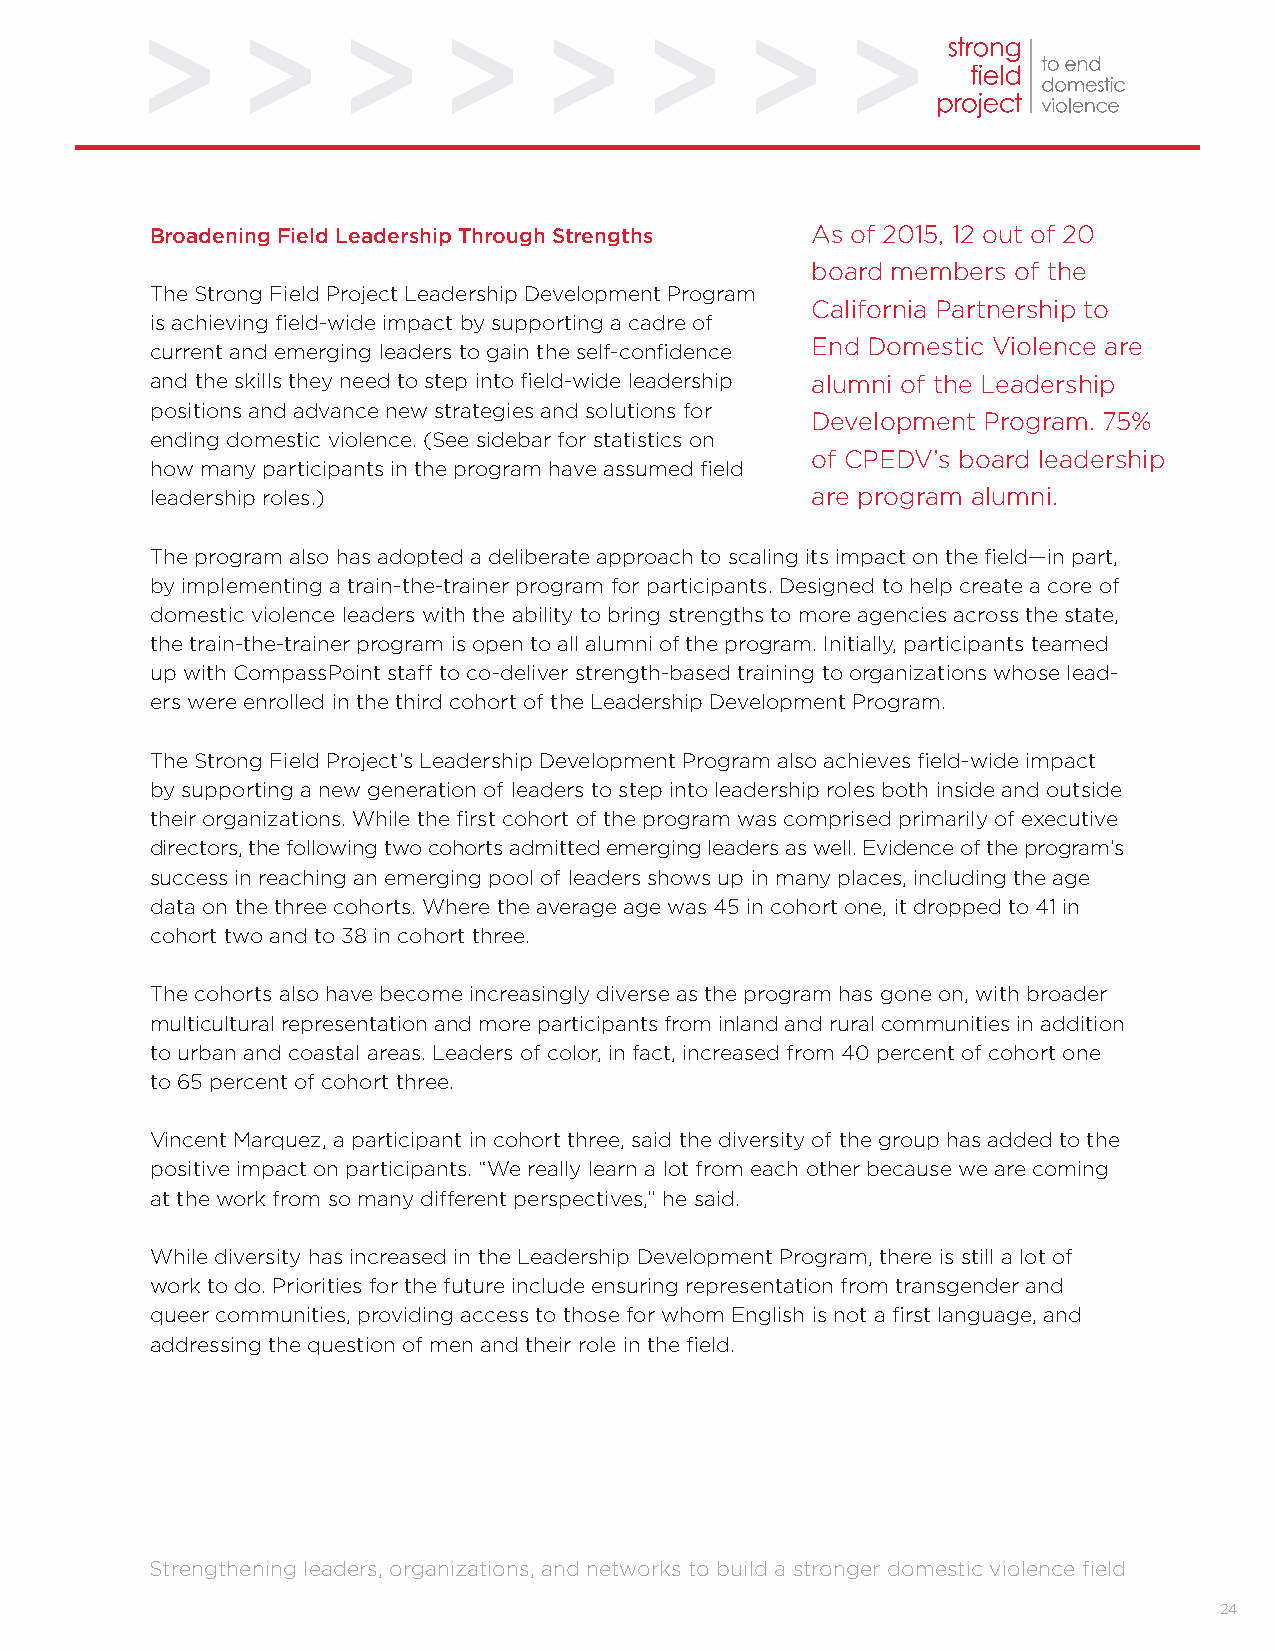
Broadening Field Leadership Through Strengths As of 2015, 12 out of 20
 board members of the
 The Strong Field Project Leadership Development Program
 California Partnership to
 is achieving field-wide impact by supporting a cadre of
 End Domestic Violence are
 current and emerging leaders to gain the self-confidence
 and the skills they need to step into field-wide leadership alumni of the Leadership
 positions and advance new strategies and solutions for
 Development Program. 75%
 ending domestic violence. (See sidebar for statistics on
 of CPEDV’s board leadership
 how many participants in the program have assumed field
 leadership roles.)                          are program alumni.
 The program also has adopted a deliberate approach to scaling its impact on the field—in part,
 by implementing a train-the-trainer program for participants. Designed to help create a core of
 domestic violence leaders with the ability to bring strengths to more agencies across the state,
 the train-the-trainer program is open to all alumni of the program. Initially, participants teamed
 up with CompassPoint staff to co-deliver strength-based training to organizations whose lead-
 ers were enrolled in the third cohort of the Leadership Development Program.
 The Strong Field Project’s Leadership Development Program also achieves field-wide impact
 by supporting a new generation of leaders to step into leadership roles both inside and outside
 their organizations. While the first cohort of the program was comprised primarily of executive
 directors, the following two cohorts admitted emerging leaders as well. Evidence of the program’s
 success in reaching an emerging pool of leaders shows up in many places, including the age
 data on the three cohorts. Where the average age was 45 in cohort one, it dropped to 41 in
 cohort two and to 38 in cohort three.
 The cohorts also have become increasingly diverse as the program has gone on, with broader
 multicultural representation and more participants from inland and rural communities in addition
 to urban and coastal areas. Leaders of color, in fact, increased from 40 percent of cohort one
 to 65 percent of cohort three.
 Vincent Marquez, a participant in cohort three, said the diversity of the group has added to the
 positive impact on participants. “We really learn a lot from each other because we are coming
 at the work from so many different perspectives,” he said.
 While diversity has increased in the Leadership Development Program, there is still a lot of
 work to do. Priorities for the future include ensuring representation from transgender and
 queer communities, providing access to those for whom English is not a first language, and
 addressing the question of men and their role in the field.
 Strengthening leaders, organizations, and networks to build a stronger domestic violence field
 24